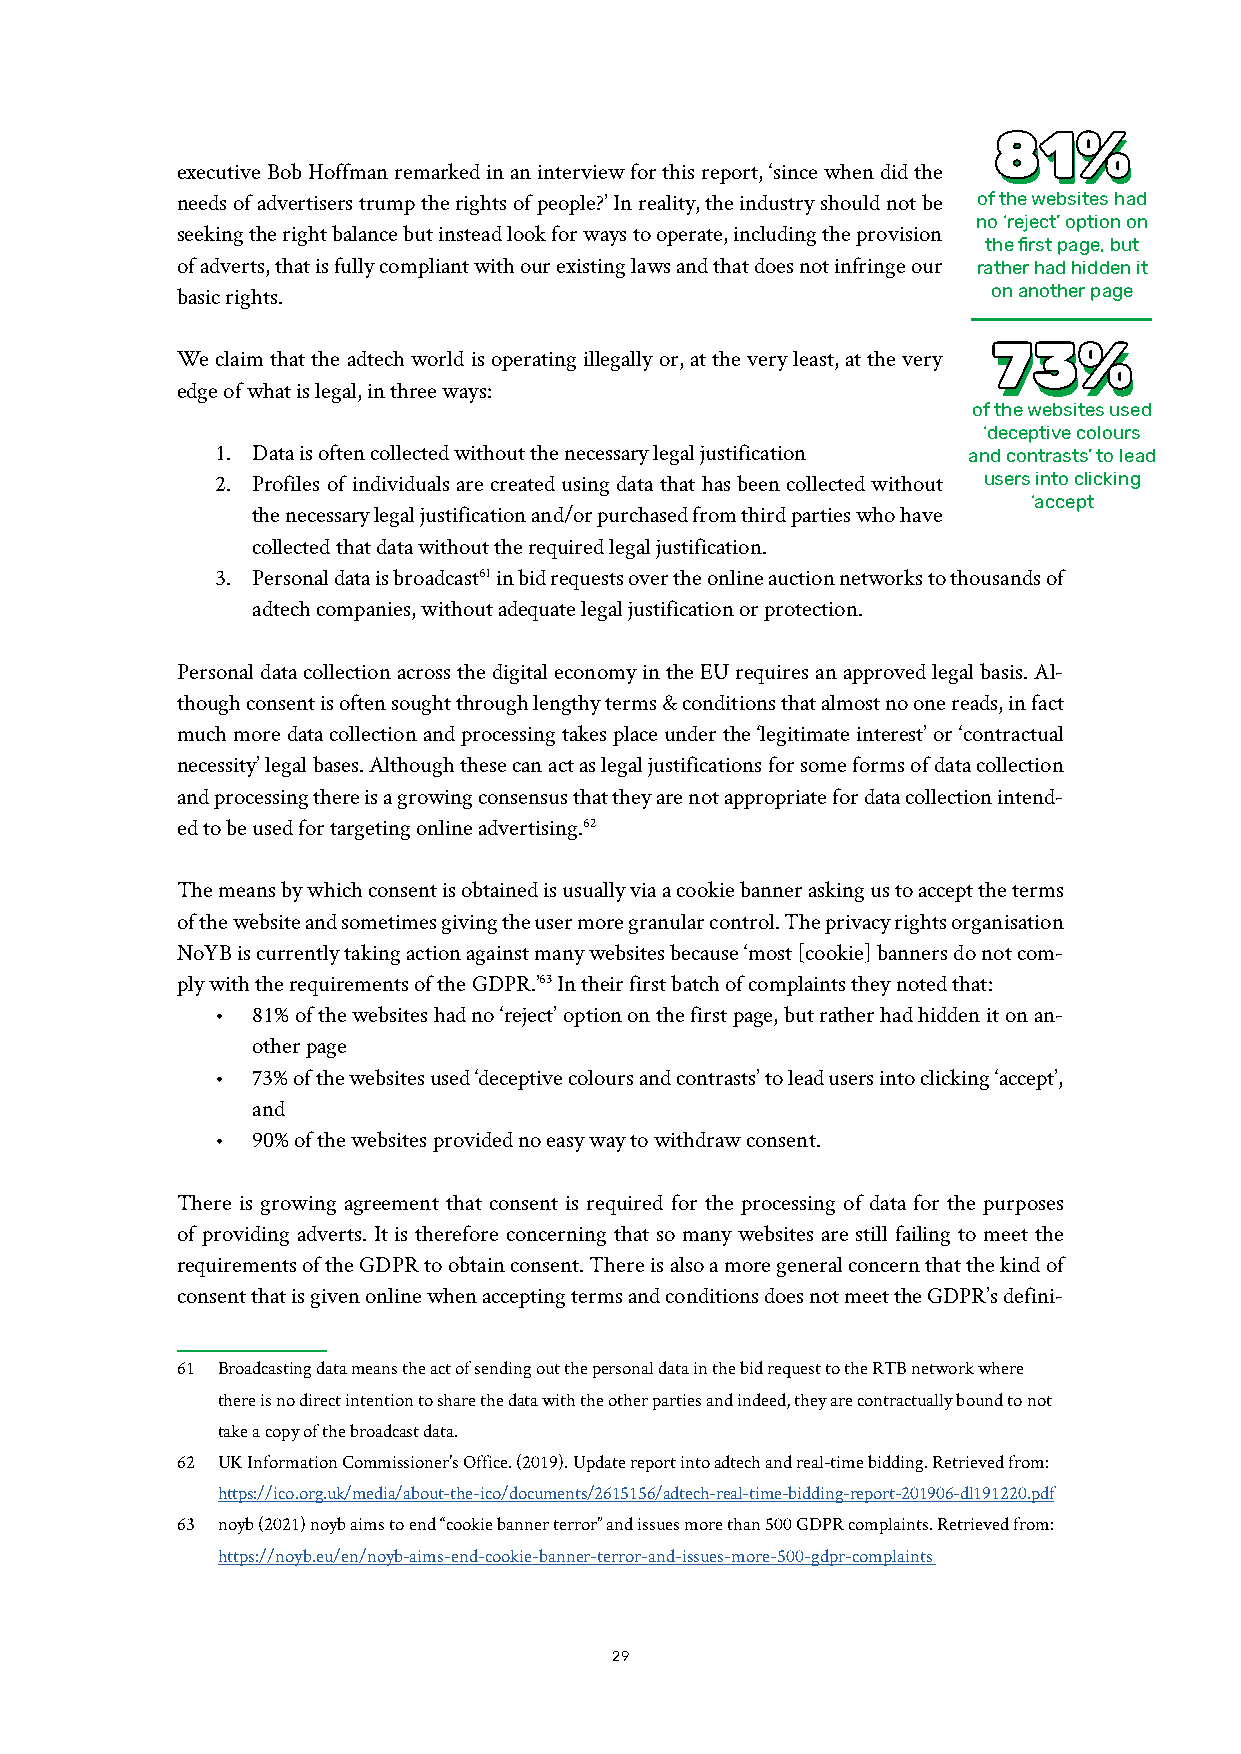
8811%%
 81%
 executive Bob Hoffman remarked in an interview for this report, ‘since when did the
 needs of advertisers trump the rights of people?’ In reality, the industry should not be of the websites had
 no ‘reject’ option on
 seeking the right balance but instead look for ways to operate, including the provision
 the first page, but
 of adverts, that is fully compliant with our existing laws and that does not infringe our rather had hidden it
 basic rights.                                         on another page
 We claim that the adtech world is operating illegally or, at the very least, at the very 77 733 3%% %
 edge of what is legal, in three ways:
 of the websites used
 ‘deceptive colours
 1. Data is often collected without the necessary legal justification and contrasts’ to lead
 2. Profiles of individuals are created using data that has been collected without users into clicking
 ‘accept
 the necessary legal justification and/or purchased from third parties who have
 collected that data without the required legal justification.
 3. Personal data is broadcast61 in bid requests over the online auction networks to thousands of
 adtech companies, without adequate legal justification or protection.
 Personal data collection across the digital economy in the EU requires an approved legal basis. Al-
 though consent is often sought through lengthy terms & conditions that almost no one reads, in fact
 much more data collection and processing takes place under the ‘legitimate interest’ or ‘contractual
 necessity’ legal bases. Although these can act as legal justifications for some forms of data collection
 and processing there is a growing consensus that they are not appropriate for data collection intend-
 ed to be used for targeting online advertising.62
 The means by which consent is obtained is usually via a cookie banner asking us to accept the terms
 of the website and sometimes giving the user more granular control. The privacy rights organisation
 NoYB is currently taking action against many websites because ‘most [cookie] banners do not com-
 ply with the requirements of the GDPR.’63 In their first batch of complaints they noted that:
 •  81% of the websites had no ‘reject’ option on the first page, but rather had hidden it on an-
 other page
 •  73% of the websites used ‘deceptive colours and contrasts’ to lead users into clicking ‘accept’,
 and
 •  90% of the websites provided no easy way to withdraw consent.
 There is growing agreement that consent is required for the processing of data for the purposes
 of providing adverts. It is therefore concerning that so many websites are still failing to meet the
 requirements of the GDPR to obtain consent. There is also a more general concern that the kind of
 consent that is given online when accepting terms and conditions does not meet the GDPR’s defini-
 61 Broadcasting data means the act of sending out the personal data in the bid request to the RTB network where
 there is no direct intention to share the data with the other parties and indeed, they are contractually bound to not
 take a copy of the broadcast data.
 62 UK Information Commissioner’s Office. (2019). Update report into adtech and real-time bidding. Retrieved from:
 https://ico.org.uk/media/about-the-ico/documents/2615156/adtech-real-time-bidding-report-201906-dl191220.pdf
 63 noyb (2021) noyb aims to end “cookie banner terror” and issues more than 500 GDPR complaints. Retrieved from:
 https://noyb.eu/en/noyb-aims-end-cookie-banner-terror-and-issues-more-500-gdpr-complaints
 2299